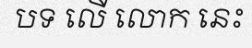
បទ លើ លោក នេះ